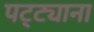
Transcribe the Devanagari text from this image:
पट्ट्याना